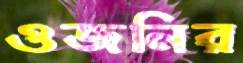
ওজনির